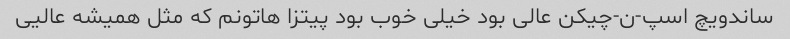
ساندویچ اسپ-ن-چیکن عالی بود خیلی خوب بود پیتزا هاتونم که مثل همیشه عالیی